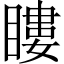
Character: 瞜